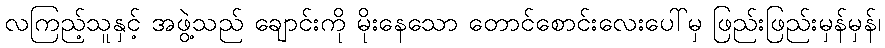
လကြည့်သူနှင့် အဖွဲ့သည် ချောင်းကို မိုးနေသော တောင်စောင်းလေးပေါ်မှ ဖြည်းဖြည်းမှန်မှန်၊